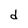
Character: d